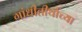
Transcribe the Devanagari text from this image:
गांधीतीर्थाच्या